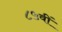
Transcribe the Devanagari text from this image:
८५वीं